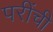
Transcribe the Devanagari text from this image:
परींची